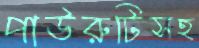
পাউরুটিসহ